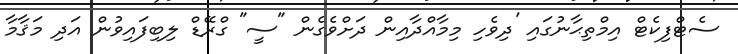
ސެޓްފިކެޓް އިމްތިޙާނުގައި 'ދިވެހި މިމާއްދާއިން ދަށްވެގެން "ސީ" ގްރޭޑް ލިބިފައިވުން އަދި މަޤާމާ